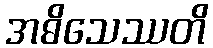
အဓိသေဿတိ